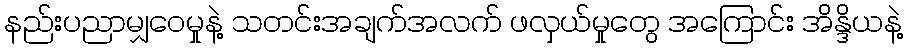
နည်းပညာမျှဝေမှုနဲ့ သတင်းအချက်အလက် ဖလှယ်မှုတွေ အကြောင်း အိန္ဒိယနဲ့